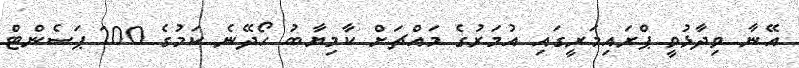
އޭނާ ވިދާޅުވީ ޕްރައިމަރީގައި އުމަރުގެ މައްޗަށް ކާމިޔާބު ހޯދޭނެ ކަމުގެ 100 ޕަސެންޓް